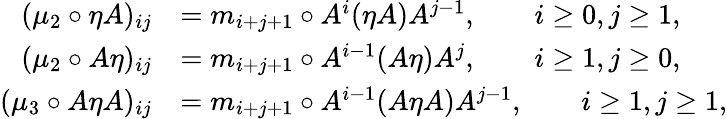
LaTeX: \begin{array}{rl}{(\mu_{2}\circ{\eta}A)_{ij}}&{=m_{i+j+1}\circ A^{i}(\eta A)A^{j-1},\quad\quad i\geq 0,j\geq 1,}\\ {(\mu_{2}\circ{A\eta})_{ij}}&{=m_{i+j+1}\circ A^{i-1}(A\eta)A^{j},\quad\quad i\geq 1,j\geq 0,}\\ {(\mu_{3}\circ A{\eta}A)_{ij}}&{=m_{i+j+1}\circ A^{i-1}(A{\eta}A)A^{j-1},\quad\quad i\geq 1,j\geq 1,}\end{array}